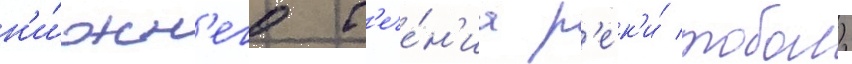
н'и́жн'его т'ече́н'иа р'ек'и́ тобол)